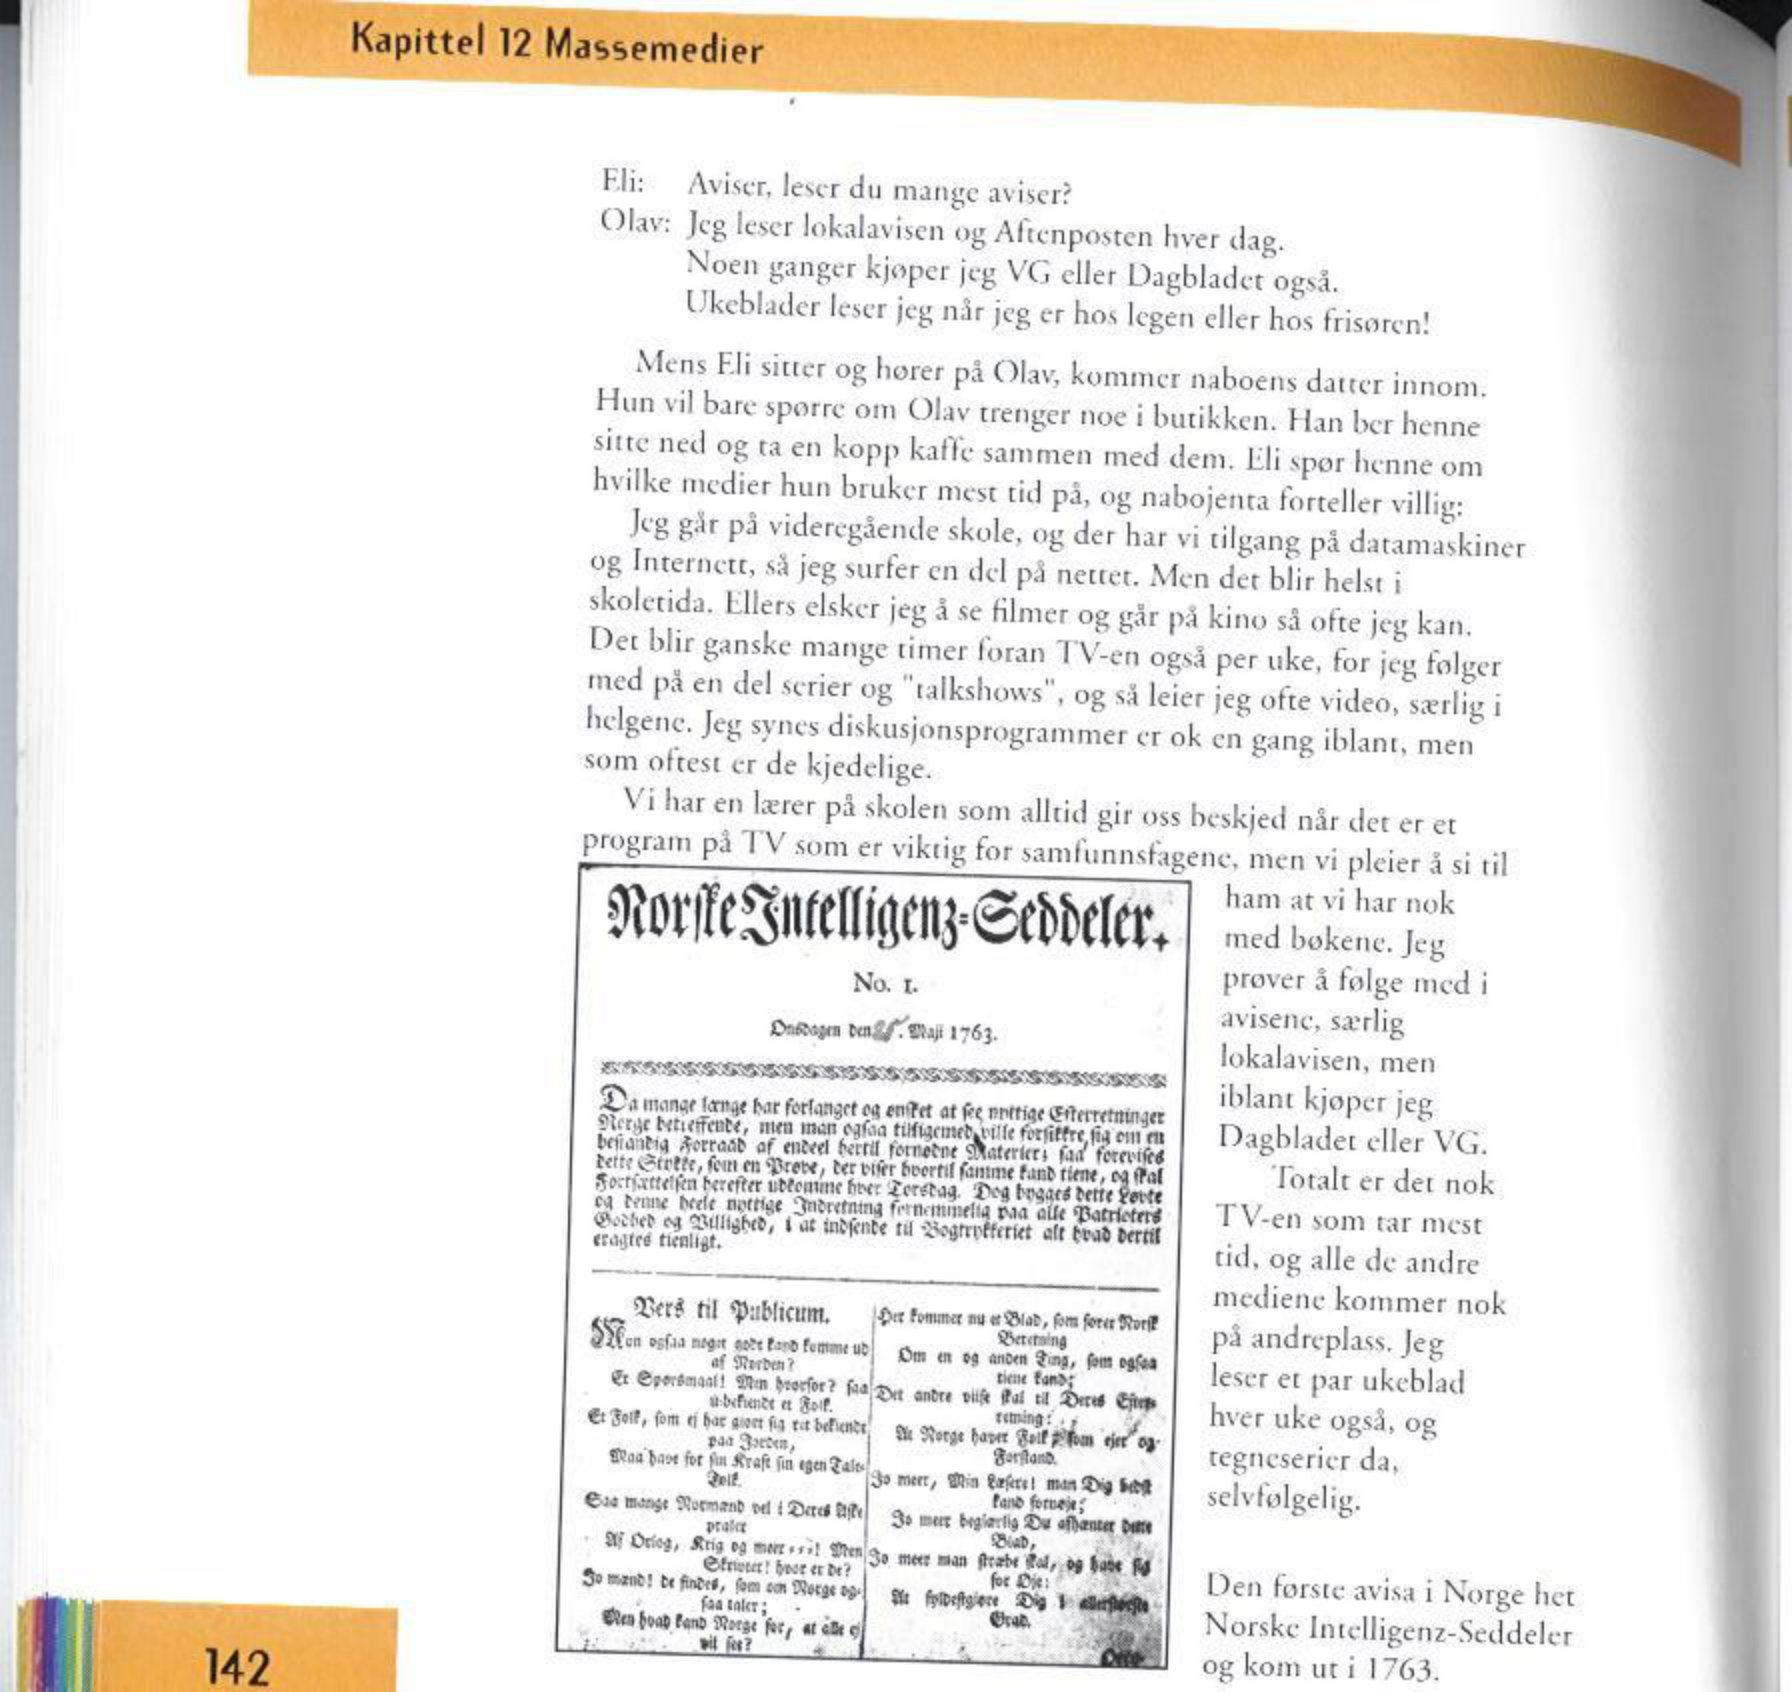
Language: no